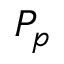
P _ { p }